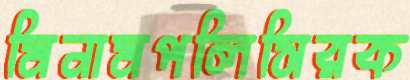
মিনামপলিসিরক